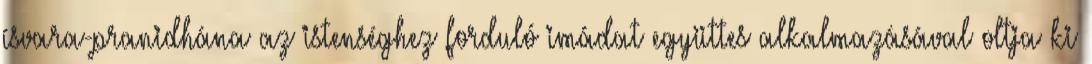
ísvara-pranidhána az istenséghez forduló imádat együttes alkalmazásával oltja ki